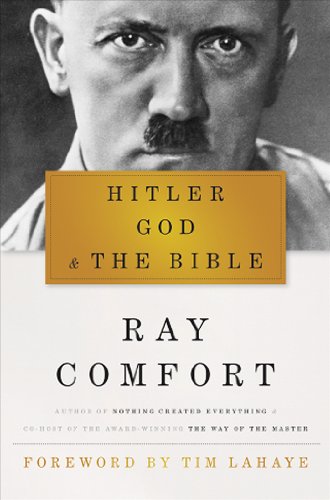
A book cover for Hitler, God, and the Bible; Ray Comfort; Religion & Spirituality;